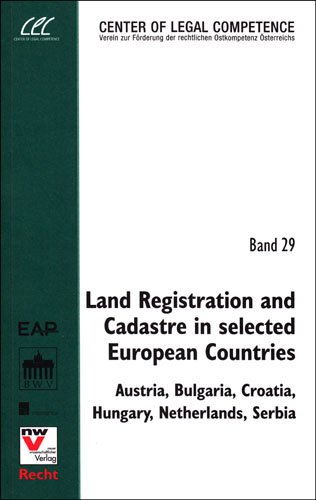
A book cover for Land Registration and Cadastre in Selected European Countries: Austria, Bulgaria, Croatia, Hungary, Netherlands, Serbia (Center of Legal Competence); Law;